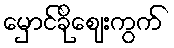
မှောင်ခိုဈေးကွက်